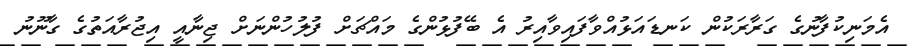
އެމަނިކުފާނުގެ ގަރާރަކުން ކަނޑައަޅުއްވާފައިވާއިރު އެ ބޭފުޅުންގެ މައްޗަށް ފުލުހުންނަށް ޖިނާއީ އިޖުރާއަތުގެ ގާނޫނު